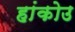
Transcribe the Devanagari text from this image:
हांकोउ